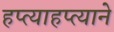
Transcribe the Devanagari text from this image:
हप्त्याहप्त्याने